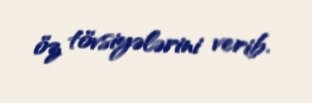
öz tövsiyələrini verib.